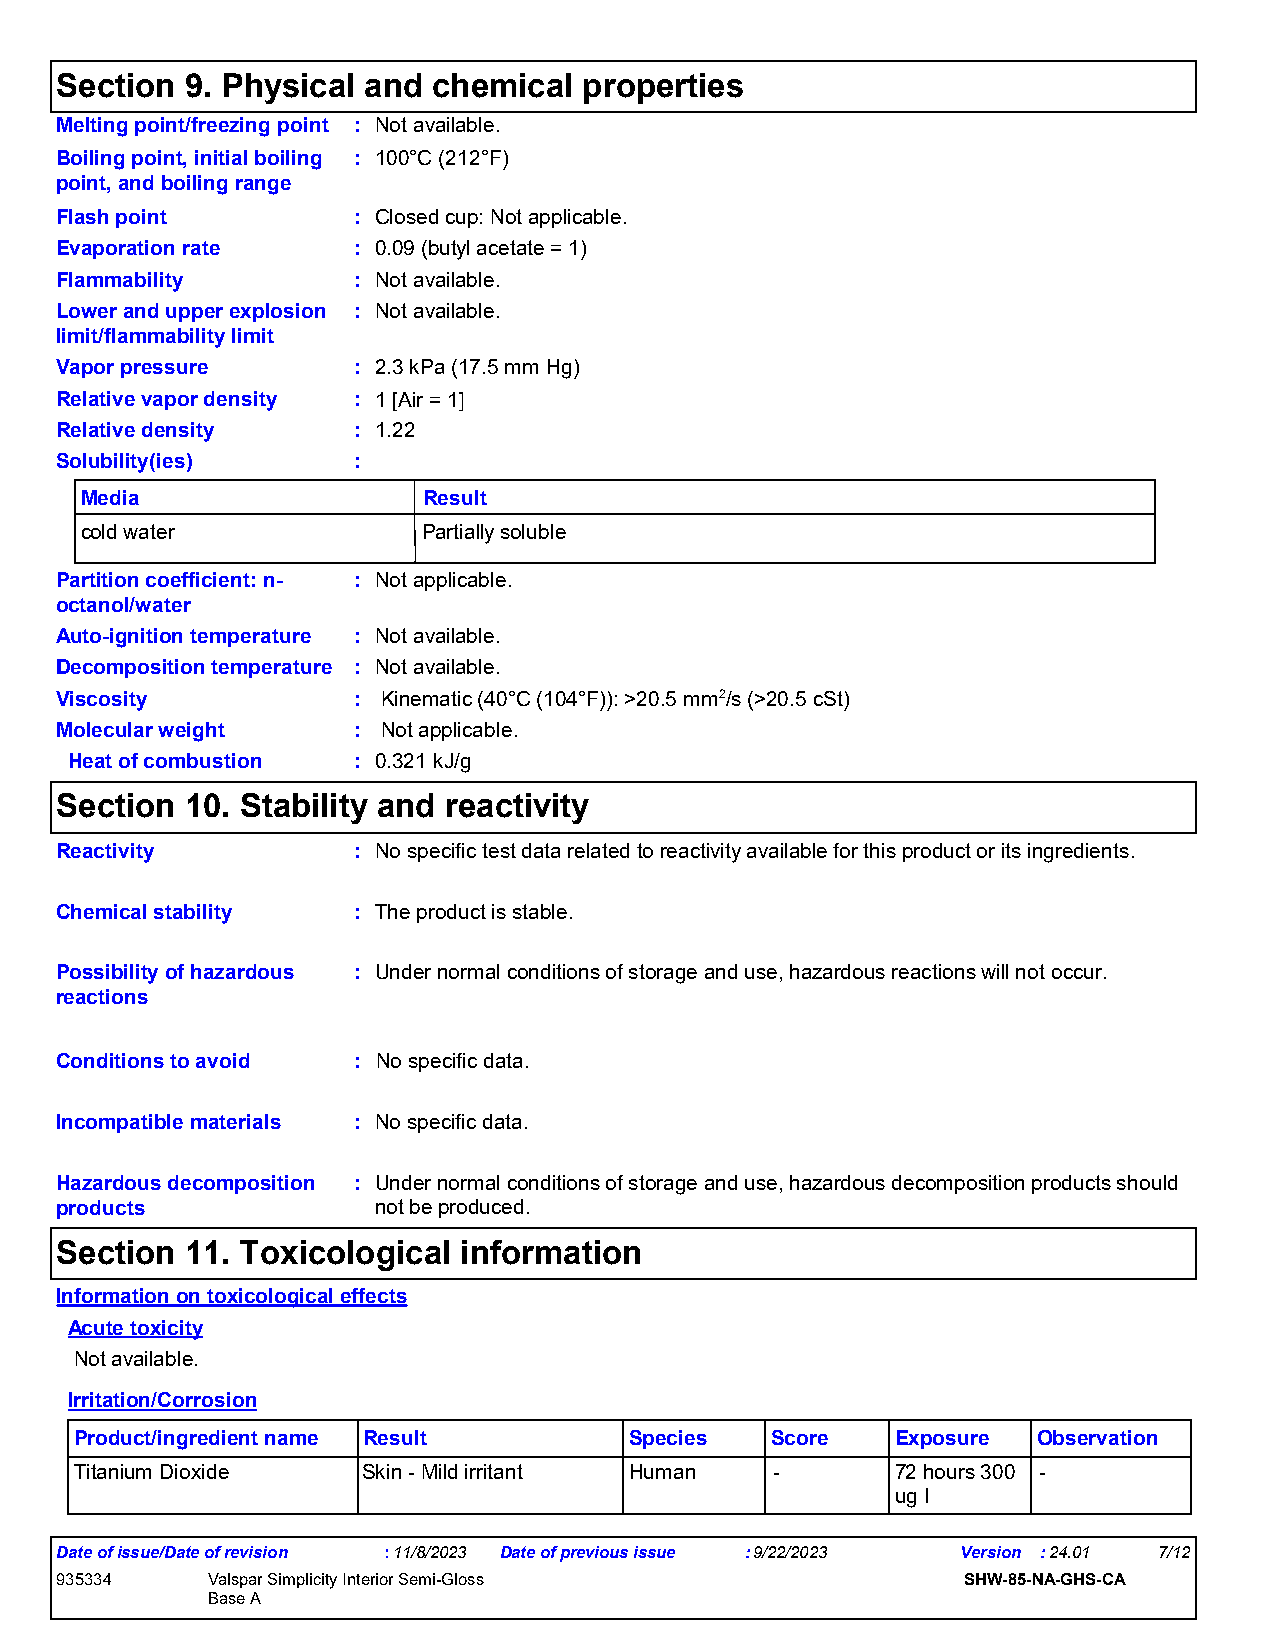
Section 9. Physical and  chemical  properties
 Melting point/freezing point : Not available.
 Boiling point, initial boiling : 100°C (212°F)
 point, and boiling range
 Flash point        : Closed cup: Not applicable.
 Evaporation rate   : 0.09 (butyl acetate = 1)
 Flammability       : Not available.
 Lower and upper explosion : Not available.
 limit/flammability limit
 Vapor pressure     : 2.3 kPa (17.5 mm Hg)
 Relative vapor density : 1 [Air = 1]
 Relative density   : 1.22
 Solubility(ies)    :
 Media                  Result
 cold water             Partially soluble
 Partition coefficient: n- : Not applicable.
 octanol/water
 Auto-ignition temperature : Not available.
 Decomposition temperature : Not available.
 Viscosity          : Kinematic (40°C (104°F)): >20.5 mm2/s (>20.5 cSt)
 Molecular weight   : Not applicable.
 Heat of combustion : 0.321 kJ/g
 Section 10. Stability and reactivity
 Reactivity         : No specific test data related to reactivity available for this product or its ingredients.
 Chemical stability : The product is stable.
 Possibility of hazardous : Under normal conditions of storage and use, hazardous reactions will not occur.
 reactions
 Conditions to avoid : No specific data.
 Incompatible materials : No specific data.
 Hazardous decomposition : Under normal conditions of storage and use, hazardous decomposition products should
 products             not be produced.
 Section 11. Toxicological information
 Information on toxicological effects
 Acute toxicity
 Not available.
 Irritation/Corrosion
 Product/ingredient name Result       Species  Score   Exposure  Observation
 Titanium Dioxide   Skin - Mild irritant Human -       72 hours 300 -
 ug I
 Date of issue/Date of revision :11/8/2023 Date of previous issue :9/22/2023 Version :24.01 7/12
 935334    Valspar Simplicity Interior Semi-Gloss            SHW-85-NA-GHS-CA
 Base A